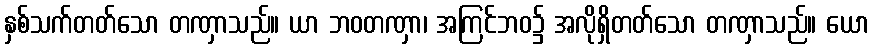
နှစ်သက်တတ်သော တဏှာသည်။ ယာ ဘဝတဏှာ၊ အကြင်ဘဝ၌ အလိုရှိတတ်သော တဏှာသည်။ ယော